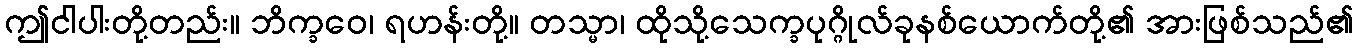
ဤငါပါးတို့တည်း။ ဘိက္ခဝေ၊ ရဟန်းတို့။ တသ္မာ၊ ထိုသို့သေက္ခပုဂ္ဂိုလ်ခုနစ်ယောက်တို့၏ အားဖြစ်သည်၏